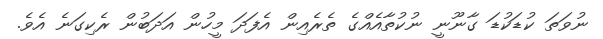
ނުވަތަ ކުޑަކުޑަ ގާނޫނީ ނުކުތާއެއްގެ ތެރެއިން އެފަދަ މީހުން އަދަބުން ރެކިގަނެ އެވެ.